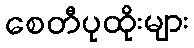
စေတီပုထိုးများ